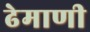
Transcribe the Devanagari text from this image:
ढेमाणी